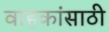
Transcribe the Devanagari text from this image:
वाहकांसाठी